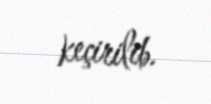
keçirilib.